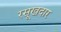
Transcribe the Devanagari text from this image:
रसूखदार